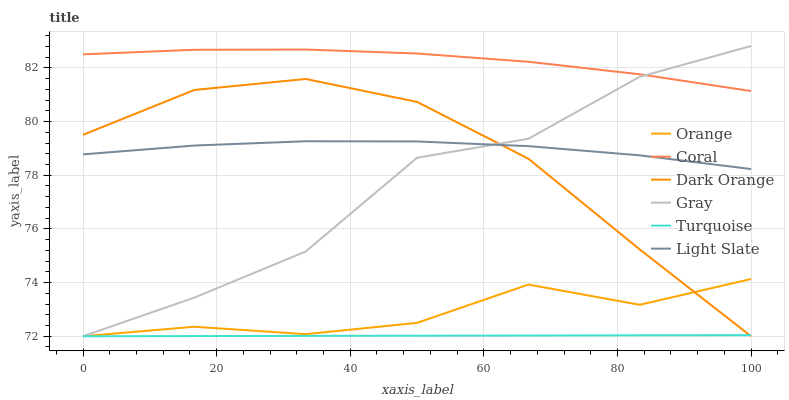
| xaxis_label | Orange | Coral | Dark Orange | Gray | Turquoise | Light Slate |
 | --- | --- | --- | --- | --- | --- | --- |
 | 0 | 72 | 82.5 | 79.5 | 72 | 72 | 78.8 |
 | 16.7 | 72.4 | 82.7 | 81.2 | 73.4 | 72 | 79.1 |
 | 33.3 | 72.1 | 82.7 | 81.6 | 75.2 | 72 | 79.3 |
 | 50 | 72.5 | 82.5 | 80.7 | 78.7 | 72 | 79.3 |
 | 66.7 | 73.9 | 82.2 | 78.6 | 79.4 | 72 | 79.1 |
 | 83.3 | 73.2 | 81.8 | 75.2 | 81.7 | 72 | 78.7 |
 | 100 | 74.1 | 81.1 | 72 | 82.8 | 72 | 78.2 |